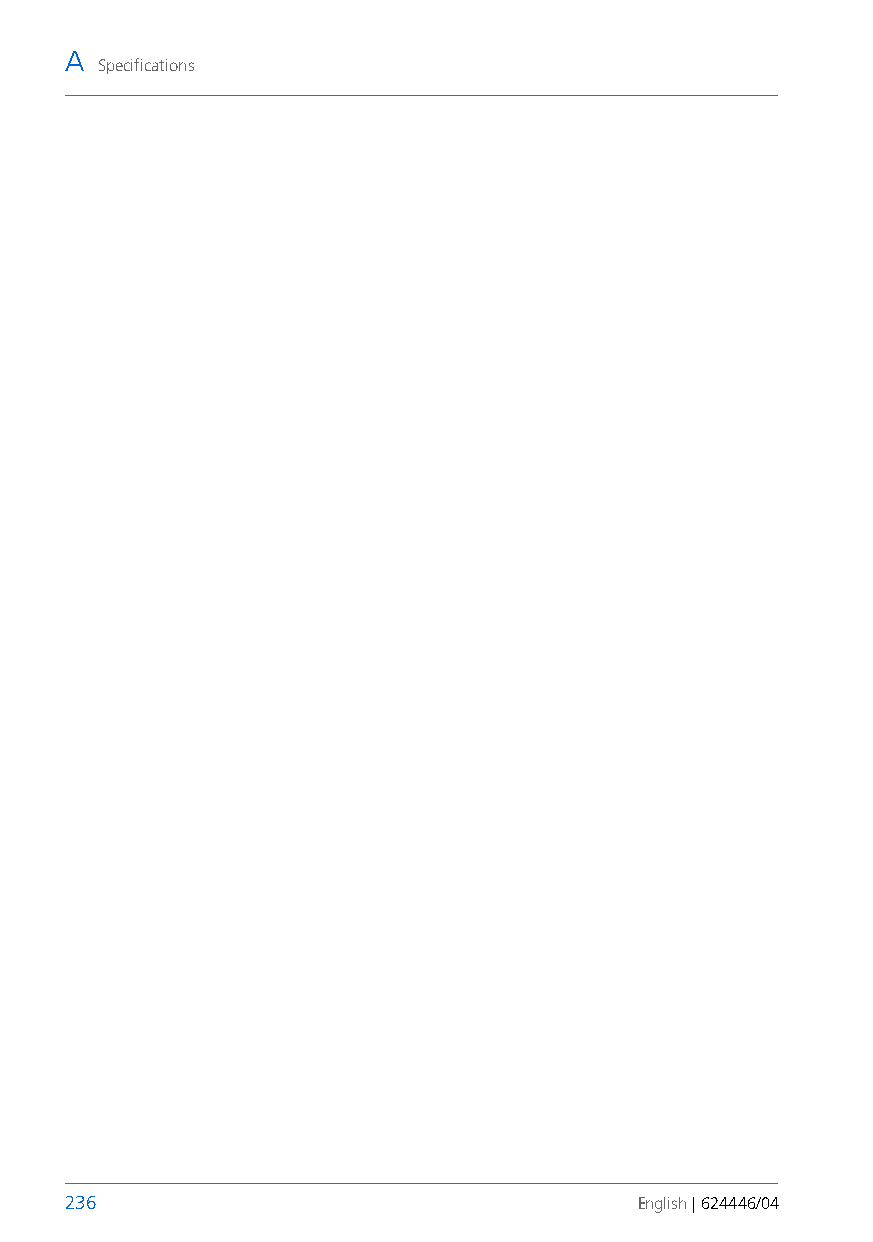
A
 Specifications
 236                                   English | 624446/04